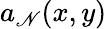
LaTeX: a_{\mathscr{N}}(x,y)